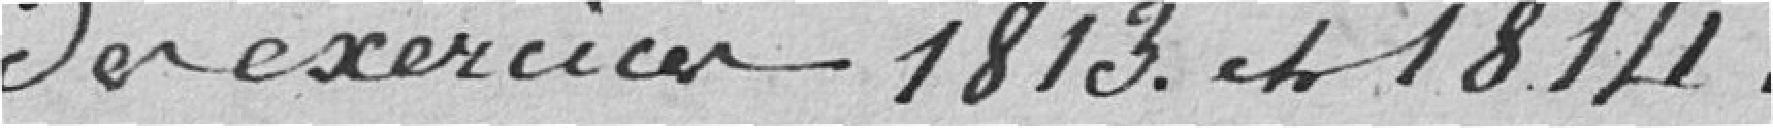
des exercices 1813 et 1814.